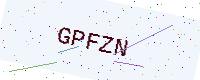
Text: GPFZN